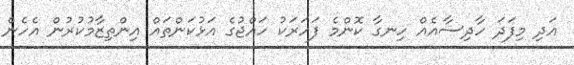
އަދި މިފަދަ ހާދިސާއެއް ހިނގާ ކޮންމެ ފަހަރަކު ހައްޖުގެ އަޅުކަންތައް އިންތިޒާމުކުރުން އެހެން